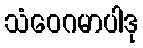
သံဝေဂမာပါဒု